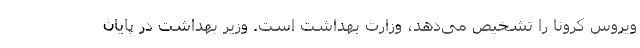
ویروس کرونا را تشخیص می‌دهد، وزارت بهداشت است. وزیر بهداشت در پایان